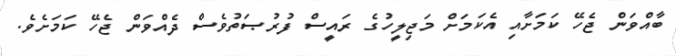
ބާއްވަން ޖެހޭ ކަމަށާއި އެކަމަށް މަޖިލީހުގެ ރައީސް ފުރުޞަތުވެސް ދެއްވަން ޖެހޭ ކަމަށެވެ.